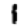
Digit: 1